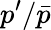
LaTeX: p^{\prime}/\bar{p}